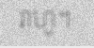
រាហូ។